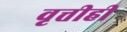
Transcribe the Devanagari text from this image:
वृत्तीही